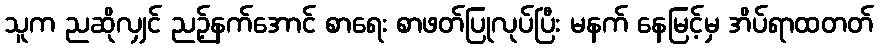
သူက ညဆိုလျှင် ညဉ့်နက်အောင် စာရေး စာဖတ်ပြုလုပ်ပြီး မနက် နေမြင့်မှ အိပ်ရာထတတ်